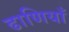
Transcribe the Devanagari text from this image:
ढाणियाँ